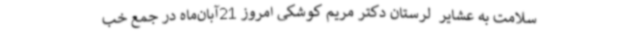
سلامت به عشایر  لرستان دکتر مریم کوشکی امروز 21آبان‌ماه در جمع خب